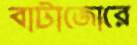
বাটাজোরে